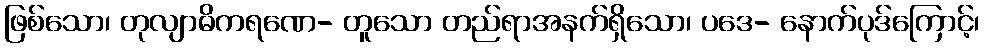
ဖြစ်သော၊ တုလျာဓိကရဏေ- တူသော တည်ရာအနက်ရှိသော၊ ပဒေ- နောက်ပုဒ်ကြောင့်၊